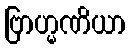
ဗြာဟ္မဏိယာ